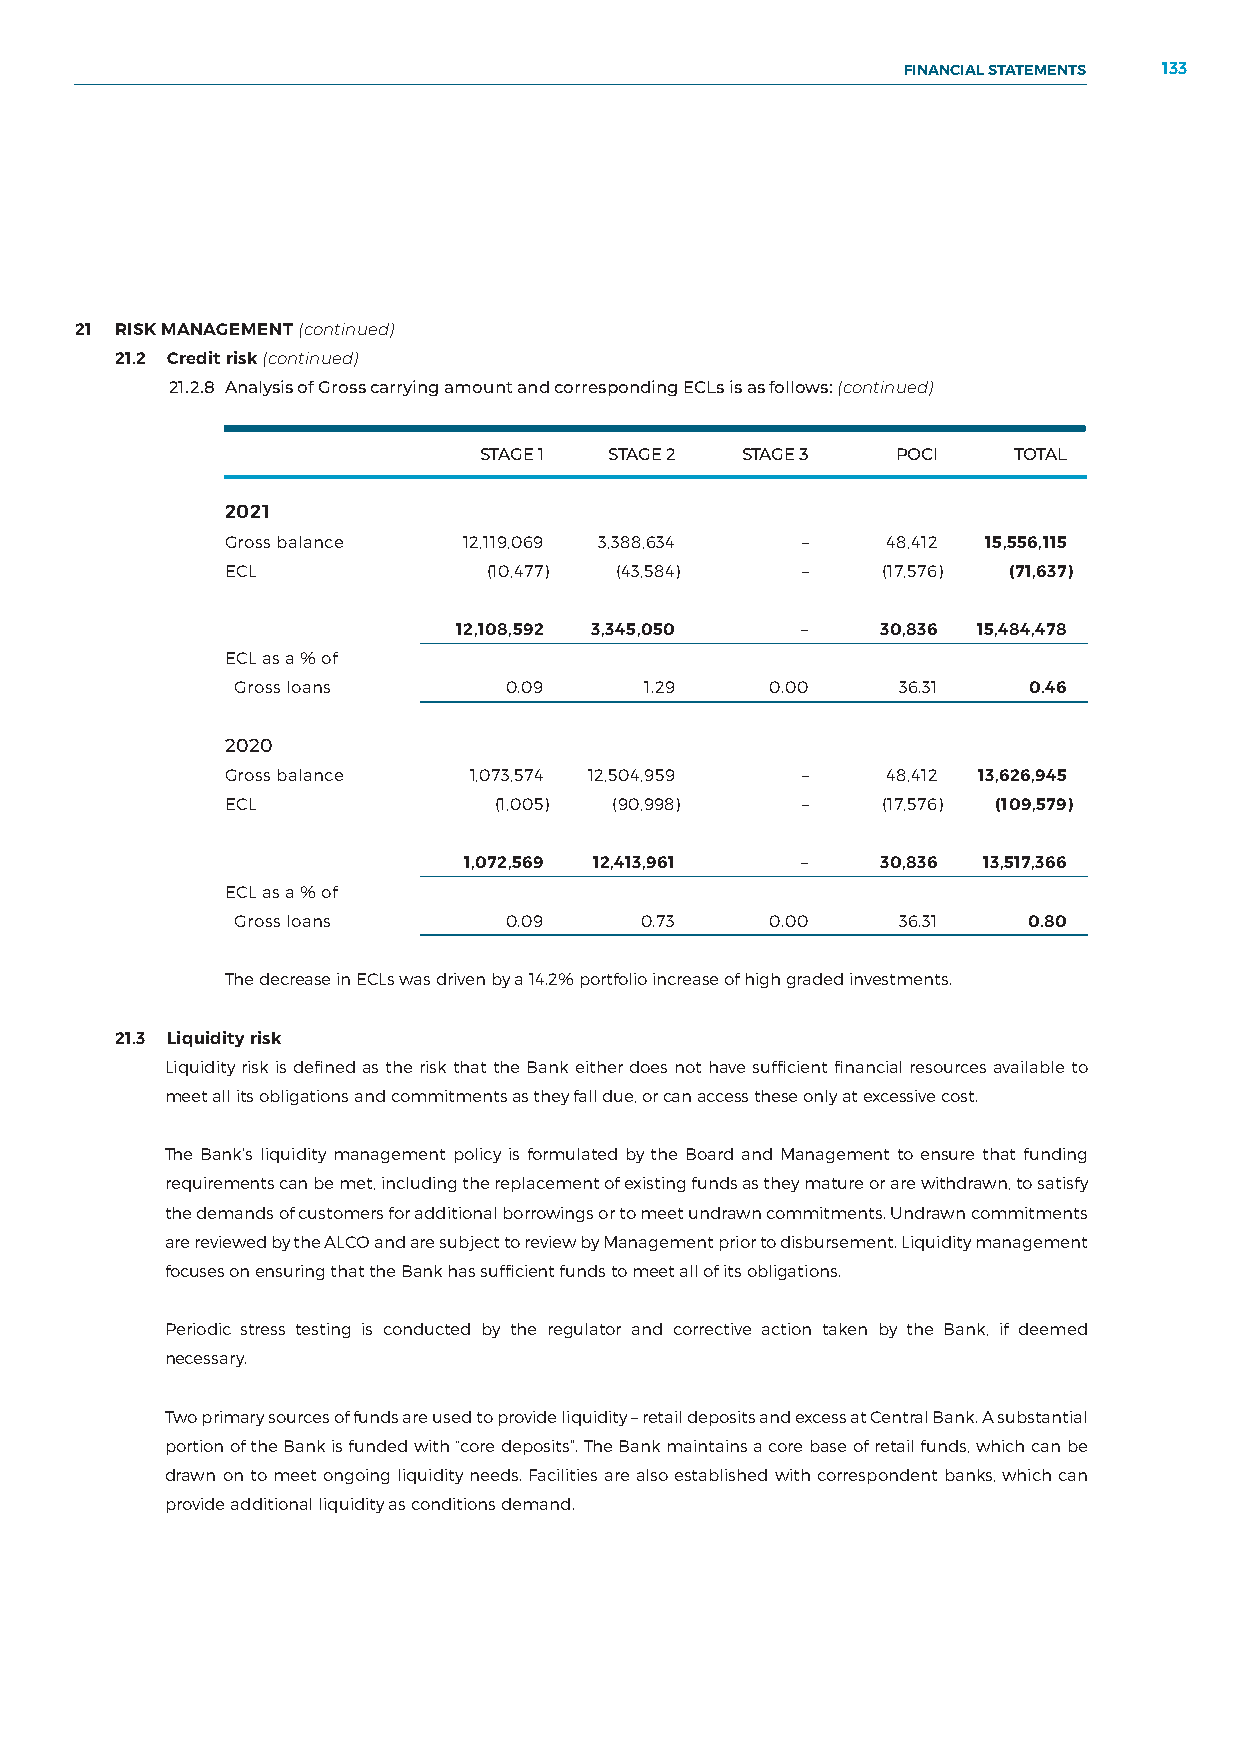
FINANCIAL STATEMENTS 133
 NOTES TO THE FINANCIAL STATEMENTS
 21 RISK MANAGEMENT (continued)
 21.2 Credit risk (continued)
 21.2.8 Analysis of Gross carrying amount and corresponding ECLs is as follows: (continued)
 STAGE 1 STAGE 2  STAGE 3   POCI    TOTAL
 2021
 Gross balance   12,119,069 3,388,634  –     48,412 15,556,115
 ECL              (10,477) (43,584)    –    (17,576) (71,637)
 12,108,592 3,345,050   –    30,836 15,484,478
 ECL as a % of
 Gross loans      0.09      1.29    0.00    36.31    0.46
 2020
 Gross balance   1,073,574 12,504,959  –     48,412 13,626,945
 ECL               (1,005) (90,998)    –    (17,576) (109,579)
 1,072,569 12,413,961  –    30,836 13,517,366
 ECL as a % of
 Gross loans      0.09     0.73     0.00    36.31    0.80
 The decrease in ECLs was driven by a 14.2% portfolio increase of high graded investments.
 21.3 Liquidity risk
 Liquidity risk is defined as the risk that the Bank either does not have sufficient financial resources available to
 meet all its obligations and commitments as they fall due, or can access these only at excessive cost.
 The Bank’s liquidity management policy is formulated by the Board and Management to ensure that funding
 requirements can be met, including the replacement of existing funds as they mature or are withdrawn, to satisfy
 the demands of customers for additional borrowings or to meet undrawn commitments. Undrawn commitments
 are reviewed by the ALCO and are subject to review by Management prior to disbursement. Liquidity management
 focuses on ensuring that the Bank has sufficient funds to meet all of its obligations.
 Periodic stress testing is conducted by the regulator and corrective action taken by the Bank, if deemed
 necessary.
 Two primary sources of funds are used to provide liquidity – retail deposits and excess at Central Bank. A substantial
 portion of the Bank is funded with “core deposits”. The Bank maintains a core base of retail funds, which can be
 drawn on to meet ongoing liquidity needs. Facilities are also established with correspondent banks, which can
 provide additional liquidity as conditions demand.